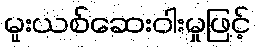
မူးယစ်ဆေးဝါးမှုဖြင့်